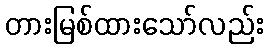
တားမြစ်ထားသော်လည်း